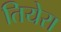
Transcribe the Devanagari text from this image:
तियेरा